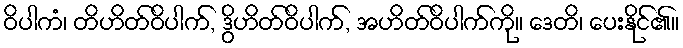
ဝိပါကံ၊ တိဟိတ်ဝိပါက်, ဒွိဟိတ်ဝိပါက်, အဟိတ်ဝိပါက်ကို။ ဒေတိ၊ ပေးနိုင်၏။